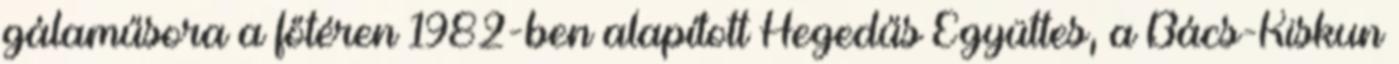
gálaműsora a főtéren 1982-ben alapított Hegedűs Együttes, a Bács-Kiskun